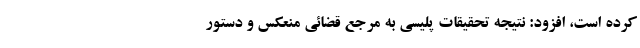
کرده است، افزود: نتیجه تحقیقات پلیسی به مرجع قضائی منعکس و دستور